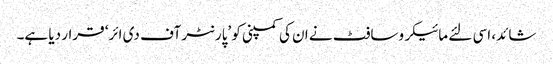
شائد، اسی لئے مائیکروسافٹ نے ان کی کمپنی کو ’پارنٹر آف دی ائر‘ قرار دیا ہے۔